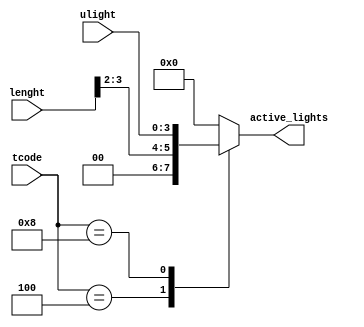
`timescale 1ns / 1ps
//////////////////////////////////////////////////////////////////////////////////
// Company: 
// Engineer: 
// 
// Design Name: 
// Module Name:    ActiveLamps 
// Project Name: 
// Target Devices: 
// Tool versions: 
// Description: 
//
// Dependencies: 
//
// Revision: 
// Revision 0.01 - File Created
// Additional Comments: 
//
//////////////////////////////////////////////////////////////////////////////////
module ActiveLamps (
	input  [3:0] tcode        , // time code    [table2 time code   ]
	input  [3:0] ulight       , // user light   [light degree mode  ]
   input  [3:0] lenght       , // room length  [square room lenght ]
	output [3:0] active_lights  // number of active light
);

	reg [3:0] light_num;
	parameter morning = 4'b0001, afternoon = 4'b0010, evening = 4'b0100, night = 4'b1000;
	always @ (tcode or lenght or ulight)
		case(tcode)
			morning:   light_num =               4'b0000;
			afternoon: light_num =               4'b0000;
			evening:   light_num = {2'b00, lenght [3:2]}; // length*length/4*length = length/4
			night:     light_num =                ulight;
			default:   light_num =               4'b0000;
		endcase
	assign active_lights = light_num;
	
endmodule